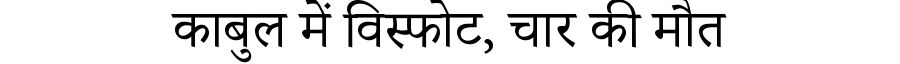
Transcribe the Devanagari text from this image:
काबुल में विस्फोट, चार की मौत